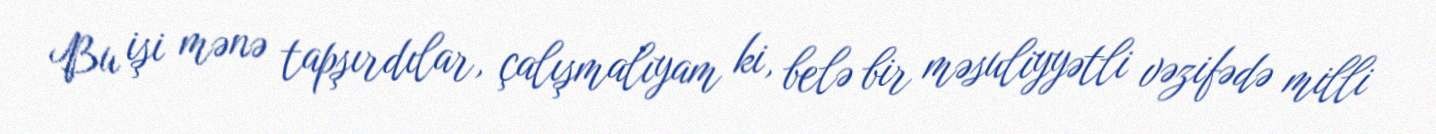
Bu işi mənə tapşırdılar, çalışmalıyam ki, belə bir məsuliyyətli vəzifədə milli